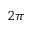
2 \pi